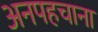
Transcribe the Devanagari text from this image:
अनपहचाना